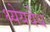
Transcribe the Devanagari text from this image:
ध्येयवेध